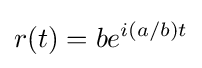
r(t)=be^{i(a/b)t}